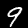
Label: 9